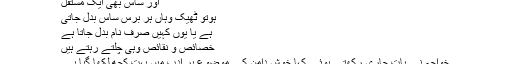
اور ساس بھی ایک مستقل
ہوتو ٹھیک وہاں ہر برس ساس بدل جاتی
ہے یا یوں کہیں صرف نام بدل جاتا ہے
خصائص و نقائص وہی چلتے رہتے ہیں
خواجہ نے بات جاری رکھتے ہوئے کہا خوش دامن کے موضوع پر ادب میں بہت کچھ لکھا گیا ہے۔